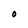
Character: O